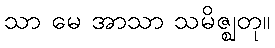
သာ မေ အာသာ သမိဇ္ဈတု။